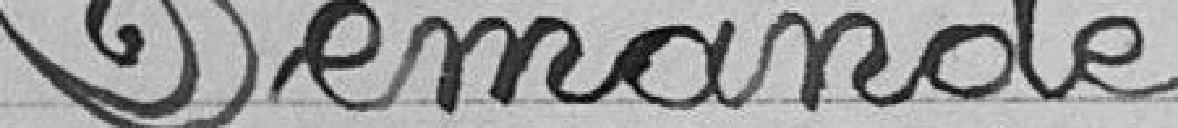
Demande